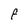
Character: F